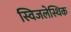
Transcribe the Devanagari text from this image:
स्विजलेस्थिक